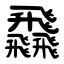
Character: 飝